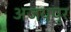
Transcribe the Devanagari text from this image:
अजयपुर